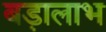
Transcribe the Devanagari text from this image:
बड़ालाभ